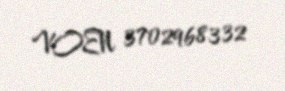
VOEN 3702968332